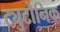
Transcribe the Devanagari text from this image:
ट्युटोनिक